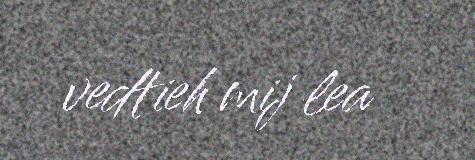
vedtieh mij lea